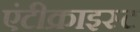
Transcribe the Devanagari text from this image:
एंटीक्राइस्ट